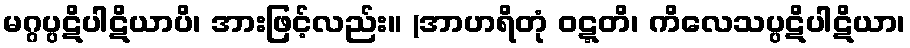
မဂ္ဂပ္ပဋိပါဋိယာပိ၊ အားဖြင့်လည်း။ (အာဟရိတုံ ဝဋ္ဋတိ၊ ကိလေသပ္ပဋိပါဋိယာ၊